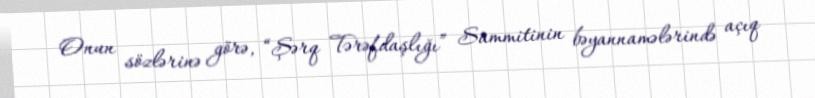
Onun sözlərinə görə, “Şərq Tərəfdaşlığı” Sammitinin bəyannamələrində açıq